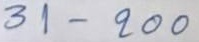
31 - 200